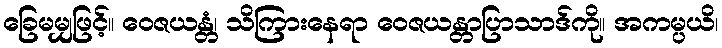
ခြေမမျှဖြင့်။ ဝေဇယန္တံ၊ သိကြားနေရာ ဝေဇယန္တာပြာသာဒ်ကို။ အကမ္ပယိ၊